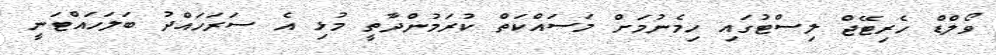
ވޯލްޑް ހެރިޓޭޖް ލިސްޓުގައި ހިމެނުމަށް މަސައްކަތް ކުރަމުންދާތީ މުޅި އެ ސަރަހައްދު ބަލަހައްޓަނީ